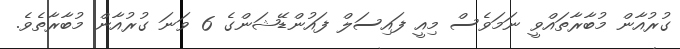
ގުރުއާން މުބާރާތައްވީ ނަމަވެސް މިއީ ފައިސަލް ފައުންޑޭޝަންގެ 6 ވަނަ ގުރުއާން މުބާރާތެވެ.